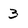
Character: 3